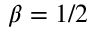
\beta = 1 / 2